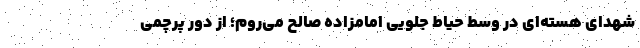
شهدای هسته‌ای در وسط حیاط جلویی امامزاده صالح می‌روم؛ از دور پرچمی